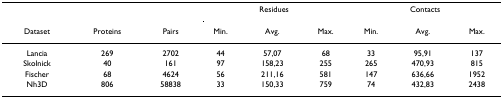
<table><thead><tr><td></td><td></td><td></td><td colspan="3"><b>Residues</b></td><td colspan="3"><b>Contacts</b></td></tr><tr><td><b>Dataset</b></td><td><b>Proteins</b></td><td><b>Pairs</b></td><td><b>Min.</b></td><td><b>Avg.</b></td><td><b>Max.</b></td><td><b>Min.</b></td><td><b>Avg.</b></td><td><b>Max.</b></td></tr></thead><tbody><tr><td>Lancia</td><td>269</td><td>2702</td><td>44</td><td>57,07</td><td>68</td><td>33</td><td>95,91</td><td>137</td></tr><tr><td>Skolnick</td><td>40</td><td>161</td><td>97</td><td>158,23</td><td>255</td><td>265</td><td>470,93</td><td>815</td></tr><tr><td>Fischer</td><td>68</td><td>4624</td><td>56</td><td>211,16</td><td>581</td><td>147</td><td>636,66</td><td>1952</td></tr><tr><td>Nh3D</td><td>806</td><td>58838</td><td>33</td><td>150,33</td><td>759</td><td>74</td><td>432,83</td><td>2438</td></tr></tbody></table>